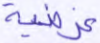
غرضية